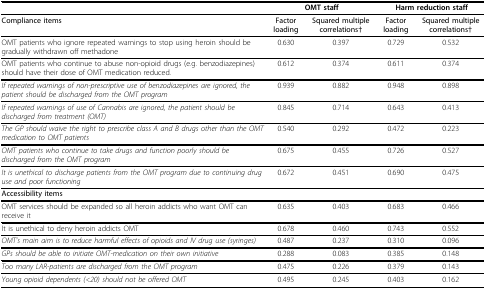
<table><thead><tr><td></td><td colspan="2"><b>OMT staff</b></td><td colspan="2"><b>Harm reduction staff</b></td></tr></thead><tbody><tr><td><b>Compliance items</b></td><td><b>Factor loading</b></td><td><b>Squared multiple correlations†</b></td><td><b>Factor loading</b></td><td><b>Squared multiple correlations†</b></td></tr><tr><td>OMT patients who ignore repeated warnings to stop using heroin should be gradually withdrawn off methadone</td><td>0.630</td><td>0.397</td><td>0.729</td><td>0.532</td></tr><tr><td>OMT patients who continue to abuse non-opioid drugs (e.g. benzodiazepines) should have their dose of OMT medication reduced.</td><td>0.612</td><td>0.374</td><td>0.611</td><td>0.374</td></tr><tr><td><i>If repeated warnings of non-prescriptive use of benzodiazepines are ignored, the patient should be discharged from the OMT program</i></td><td>0.939</td><td>0.882</td><td>0.948</td><td>0.898</td></tr><tr><td><i>If repeated warnings of use of Cannabis are ignored, the patient should be discharged from treatment (OMT)</i></td><td>0.845</td><td>0.714</td><td>0.643</td><td>0.413</td></tr><tr><td><i>The GP should waive the right to prescribe class A and B drugs other than the OMT medication to OMT patients</i></td><td>0.540</td><td>0.292</td><td>0.472</td><td>0.223</td></tr><tr><td><i>OMT patients who continue to take drugs and function poorly should be discharged from the OMT program</i></td><td>0.675</td><td>0.455</td><td>0.726</td><td>0.527</td></tr><tr><td><i>It is unethical to discharge patients from the OMT program due to continuing drug use and poor functioning</i></td><td>0.672</td><td>0.451</td><td>0.690</td><td>0.475</td></tr><tr><td><b>Accessibility items</b></td><td></td><td></td><td></td><td></td></tr><tr><td>OMT services should be expanded so all heroin addicts who want OMT can receive it</td><td>0.635</td><td>0.403</td><td>0.683</td><td>0.466</td></tr><tr><td>It is unethical to deny heroin addicts OMT</td><td>0.678</td><td>0.460</td><td>0.743</td><td>0.552</td></tr><tr><td><i>OMT&#x27;s main aim is to reduce harmful effects of opioids and IV drug use (syringes)</i></td><td>0.487</td><td>0.237</td><td>0.310</td><td>0.096</td></tr><tr><td><i>GPs should be able to initiate OMT-medication on their own initiative</i></td><td>0.288</td><td>0.083</td><td>0.385</td><td>0.148</td></tr><tr><td><i>Too many LAR-patients are discharged from the OMT program</i></td><td>0.475</td><td>0.226</td><td>0.379</td><td>0.143</td></tr><tr><td><i>Young opioid dependents (&lt;20) should not be offered OMT</i></td><td>0.495</td><td>0.245</td><td>0.403</td><td>0.162</td></tr></tbody></table>